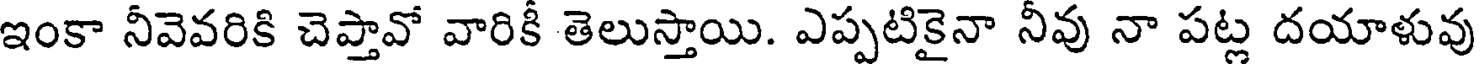
ఇంకా నీవెవరికి చెప్తావో వారికీ తెలుస్తాయి. ఎప్పటికైనా నీవు నా పట్ల దయాళువు